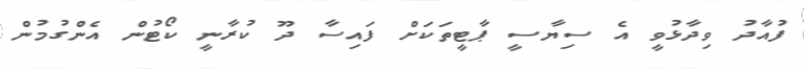
ފުއާދު ވިދާޅުވީ އެ ސިޔާސީ ޕާޓީތަކަށް ފައިސާ ދޫ ކުރާނީ ކޯޓުން އެންގުމުން